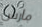
مارس